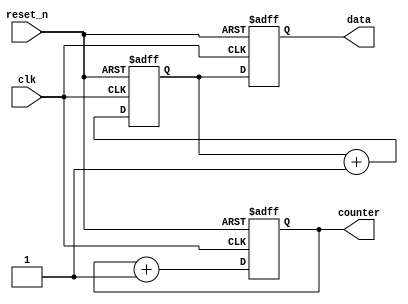
module ParameterFocusedInitialization #(
    parameter INIT_VALUE = 8'h00,     // Default initial value for registers
    parameter COUNTER_SIZE = 4,        // Size of the counter (in bits)
    parameter OPERATION_MODE = 1'b0    // 0: Normal mode, 1: Test mode
)(
    input wire clk,                     // Clock input
    input wire reset_n,                 // Active low reset
    output reg [COUNTER_SIZE-1:0] counter, // Counter output
    output reg [7:0] data               // Data output
);
    
    // Internal signals
    reg [7:0] internal_reg;

    // Initialization Logic
    initial begin
        counter = {COUNTER_SIZE{1'b0}};  // Initialize counter to 0
        internal_reg = INIT_VALUE;        // Set internal register to INIT_VALUE
        data = 8'hFF;                     // Default data value
    end

    // Always block for synchronous reset and normal operation
    always @(posedge clk or negedge reset_n) begin
        if (!reset_n) begin
            // Reset Logic
            counter <= {COUNTER_SIZE{1'b0}}; // Reset counter to 0
            internal_reg <= INIT_VALUE;      // Reset internal register
            data <= 8'hFF;                   // Reset data to default value
        end else begin
            // Conditional Initialization based on OPERATION_MODE
            if (OPERATION_MODE == 1'b0) begin
                // Normal mode operations
                counter <= counter + 1;        // Increment counter
                internal_reg <= internal_reg + 1; // Increment internal register
                data <= internal_reg;           // Output the internal register
            end else begin
                // Test mode operations
                // Different behavior can be defined here
                counter <= {COUNTER_SIZE{1'b1}}; // Set counter to max value
                data <= 8'hAA;                   // Set data to a test pattern
            end
        end
    end

    // Additional logic can be added here for more complex behavior

endmodule